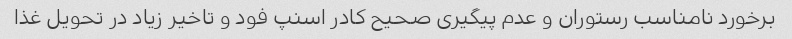
برخورد نامناسب رستوران و عدم پیگیری صحیح کادر اسنپ فود و تاخیر زیاد در تحویل غذا